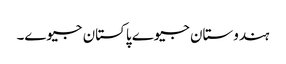
ہندوستان جیوے پاکستان جیوے۔